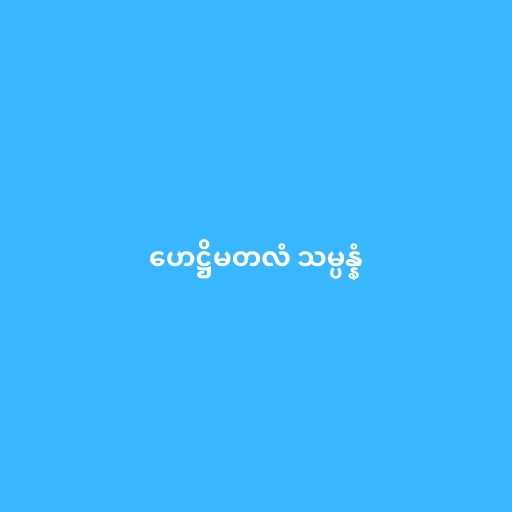
ဟေဋ္ဌိမတလံ သမ္ပန္နံ